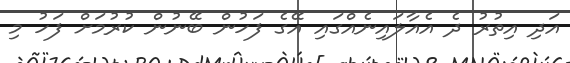
އަދި އިތުރު ދެ އެއާލައިނެއްގައި އޭގެ ފަހުން ބޭނުން ކުރުމަށް ފަހު މި